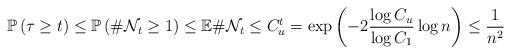
LaTeX: \begin{align*}\mathbb{P}\left(\tau \geq t\right) \leq \mathbb{P}\left(\#{\cal N}_t \geq 1\right) \leq \mathbb{E}\#{\cal N}_t \leq C_u^{t}= \exp\left(-2\frac{\log{C_u}}{\log{C_1}}\log{n}\right) \leq \frac{1}{n^2}\end{align*}